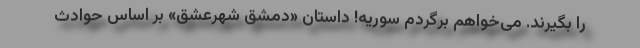
را بگیرند. می‌خواهم برگردم سوریه! داستان «دمشق شهرعشق» بر اساس حوادث